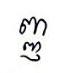
ញ្ញ